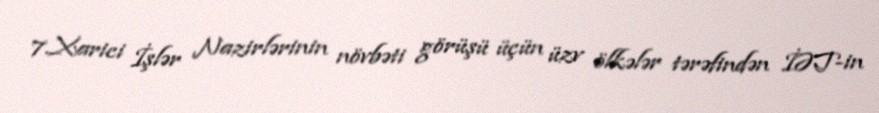
7.Xarici İşlər Nazirlərinin növbəti görüşü üçün üzv ölkələr tərəfindən İƏT-in